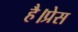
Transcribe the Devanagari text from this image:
है।प्रेस